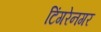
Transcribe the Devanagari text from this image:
टिंगरेनगर